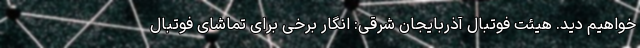
خواهیم دید. هیئت فوتبال آذربایجان شرقی: انگار برخی‌ برای تماشای فوتبال